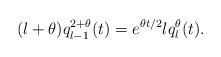
LaTeX: \begin{align*}(l+\theta)q_{l-1}^{2+\theta}(t) = e^{\theta t/2}lq_l^\theta(t).\end{align*}